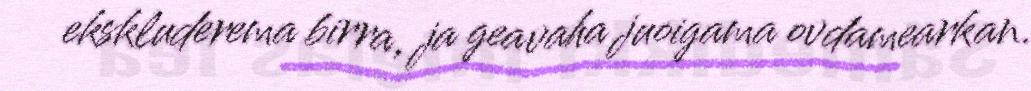
ekskluderema birra, ja geavaha juoigama ovdamearkan.